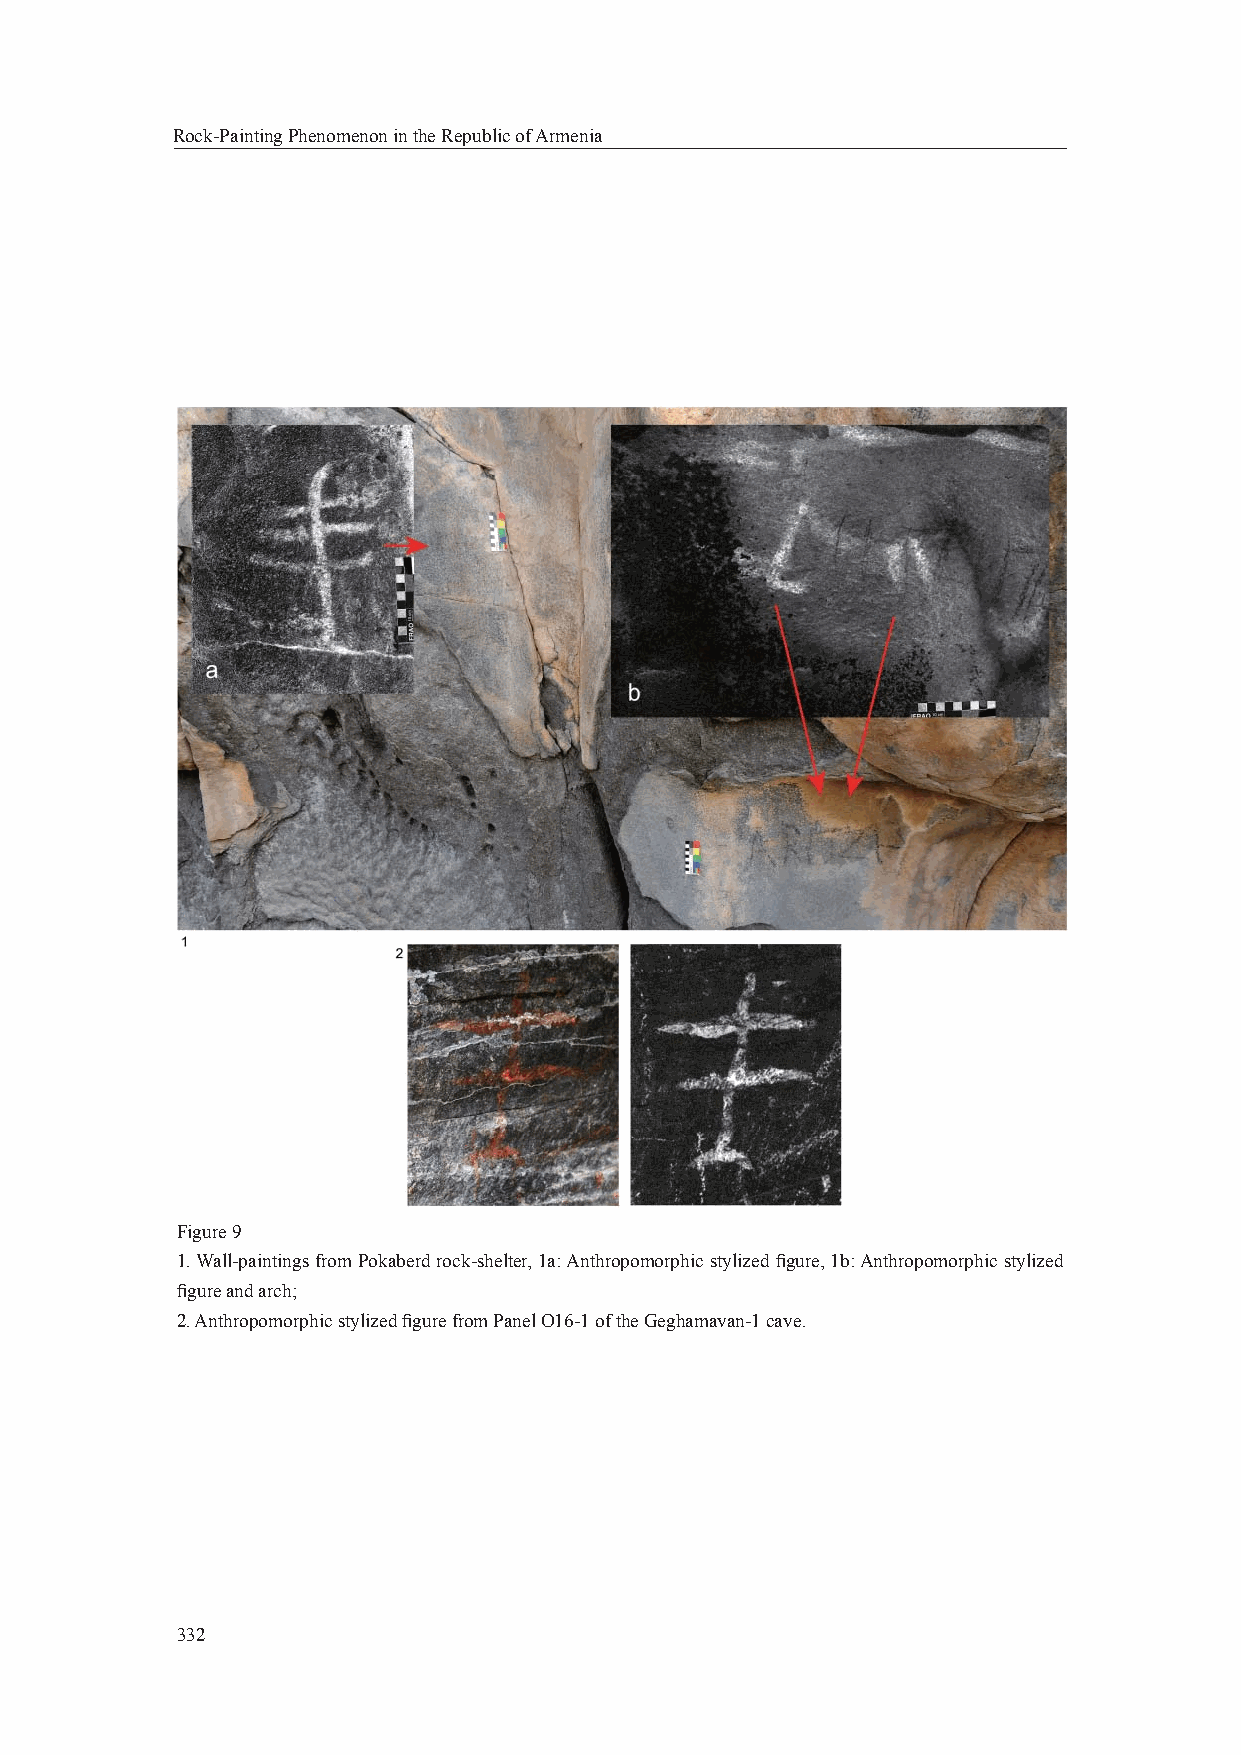
Rock-Painting Phenomenon in the Republic of Armenia
 Figure 9
 1. Wall-paintings from Pokaberd rock-shelter, 1a: Anthropomorphic stylized fi gure, 1b: Anthropomorphic stylized
 fi gure and arch;
 2. Anthropomorphic stylized fi gure from Panel O16-1 of the Geghamavan-1 cave.
 332